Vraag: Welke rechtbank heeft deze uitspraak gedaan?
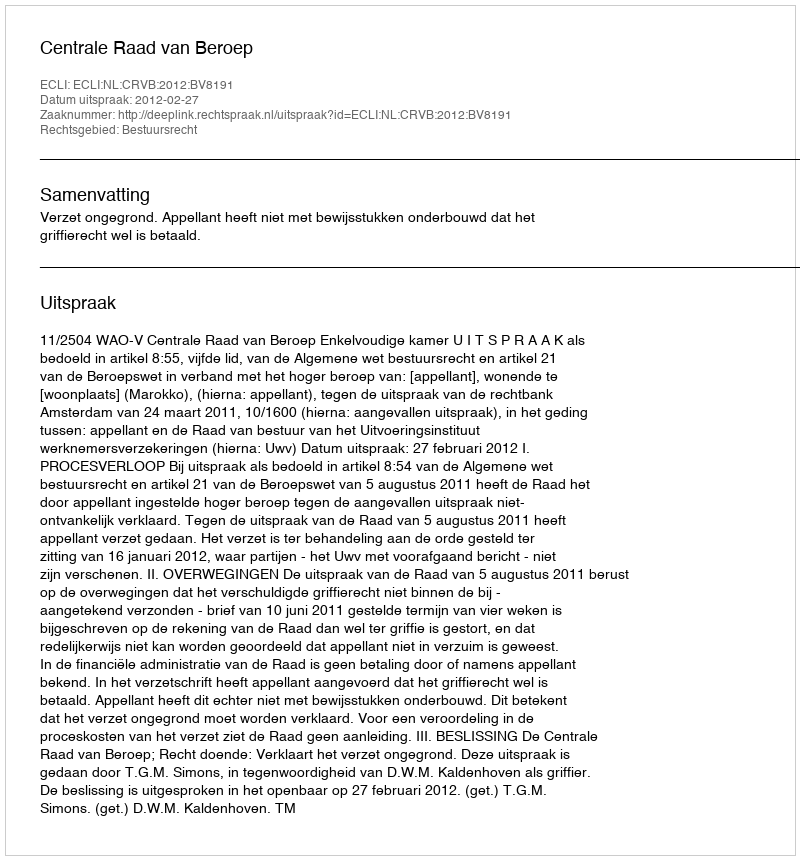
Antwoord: Centrale Raad van Beroep